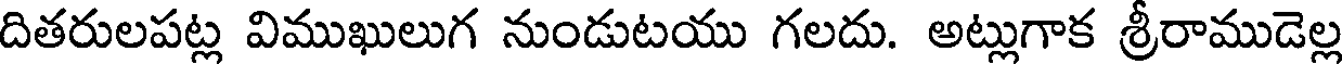
దితరులపట్ల విముఖులుగ నుండుటయు గలదు. అట్లుగాక శ్రీరాముడెల్ల